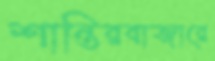
শান্তিরবাজারে